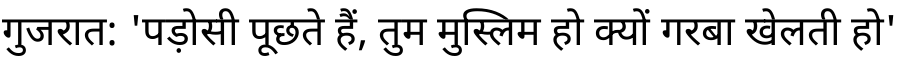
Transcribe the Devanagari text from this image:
गुजरात: 'पड़ोसी पूछते हैं, तुम मुस्लिम हो क्यों गरबा खेलती हो'